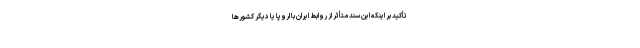
تأکید بر اینکه این سند متأثر از روابط ایران با اروپا یا دیگر کشورها